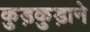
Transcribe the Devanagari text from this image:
कुड़कुड़ाने